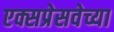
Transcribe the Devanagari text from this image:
एक्सप्रेसवेच्या